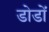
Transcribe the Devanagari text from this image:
डोडों